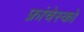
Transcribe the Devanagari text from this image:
फ़्रांचेस्को